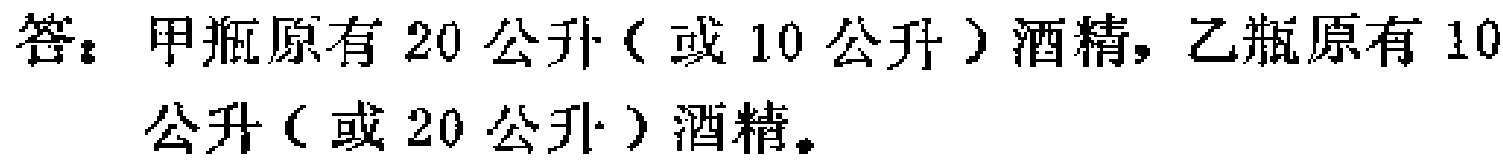
答：甲瓶原有$20$公升（或$10$公升）酒精，乙瓶原有$10$公升（或$20$公升）酒精。